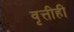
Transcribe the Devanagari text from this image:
वृत्तीही